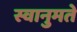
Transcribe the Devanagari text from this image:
स्वानुमते